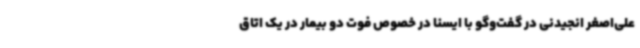
علی‌اصغر انجیدنی در گفت‌وگو با ایسنا در خصوص فوت دو بیمار در یک اتاق